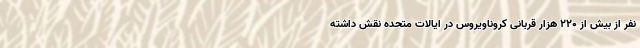
نفر از بیش از ۲۲۰ هزار قربانی کروناویروس در ایالات متحده نقش داشته